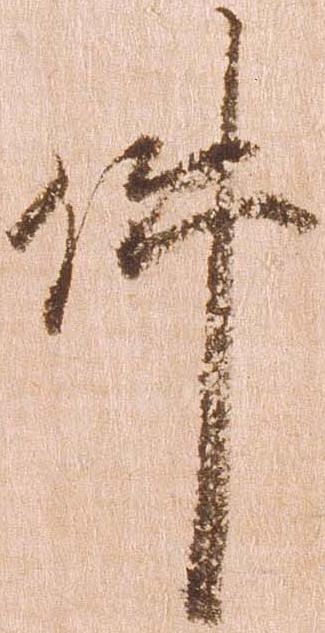
件